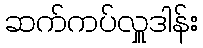
ဆက်ကပ်လှူဒါန်း